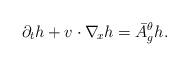
LaTeX: \begin{align*} \partial_t h + v\cdot\nabla_{\!x}h = \bar{A}_g^{ \theta}h . \end{align*}